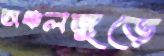
অঞ্চলজুড়ে